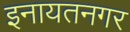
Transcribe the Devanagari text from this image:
इनायतनगर